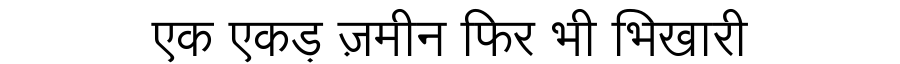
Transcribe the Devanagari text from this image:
एक एकड़ ज़मीन फिर भी भिखारी